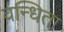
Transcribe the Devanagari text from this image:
वन्धिता